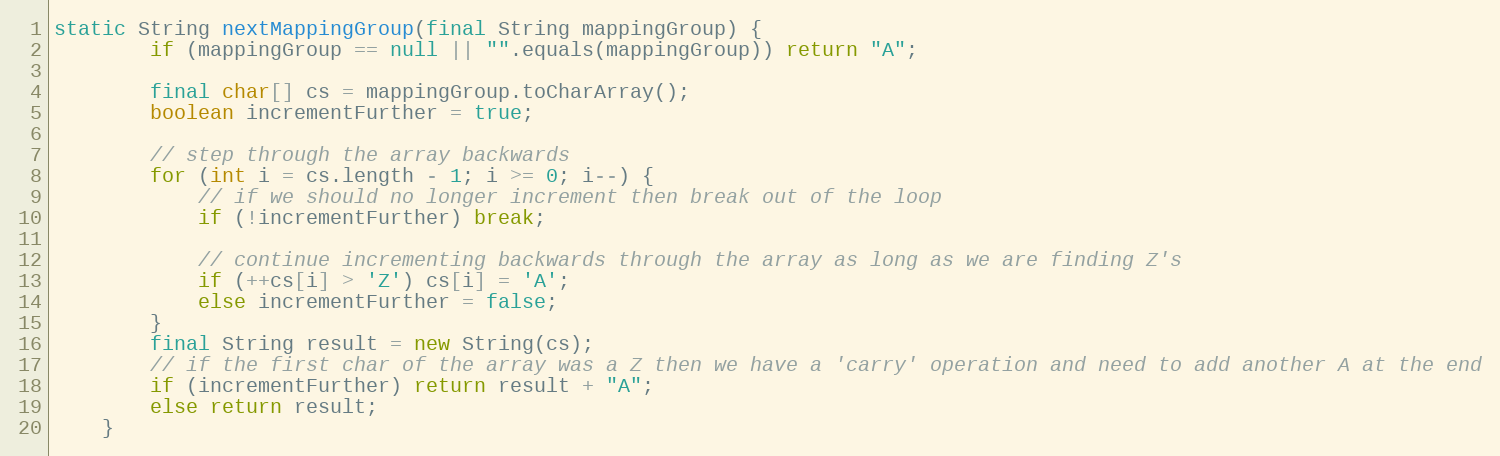
Language: Java
static String nextMappingGroup(final String mappingGroup) {
        if (mappingGroup == null || "".equals(mappingGroup)) return "A";

        final char[] cs = mappingGroup.toCharArray();
        boolean incrementFurther = true;

        // step through the array backwards
        for (int i = cs.length - 1; i >= 0; i--) {
            // if we should no longer increment then break out of the loop
            if (!incrementFurther) break;

            // continue incrementing backwards through the array as long as we are finding Z's
            if (++cs[i] > 'Z') cs[i] = 'A';
            else incrementFurther = false;
        }
        final String result = new String(cs);
        // if the first char of the array was a Z then we have a 'carry' operation and need to add another A at the end
        if (incrementFurther) return result + "A";
        else return result;
    }